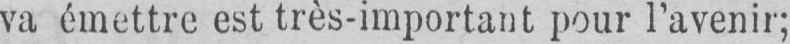
va émettre est très-important pour l’avenir;